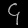
Digit: ၄